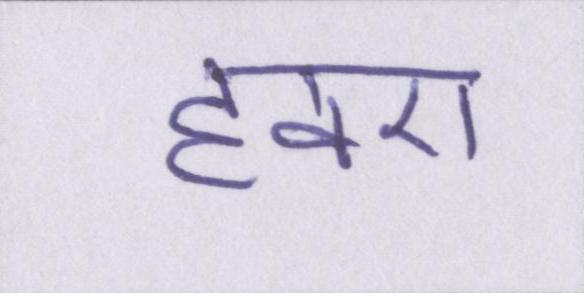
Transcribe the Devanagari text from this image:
हवए